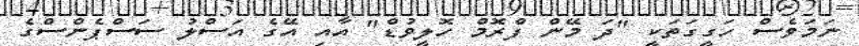
ނަމަވެސް ހަގީގަތަކީ "ދަ މޭން ފްރޮމް ހޮލީވުޑް" އާއި އޭގެ އަސްލު ސަސްޕެންސްގެ